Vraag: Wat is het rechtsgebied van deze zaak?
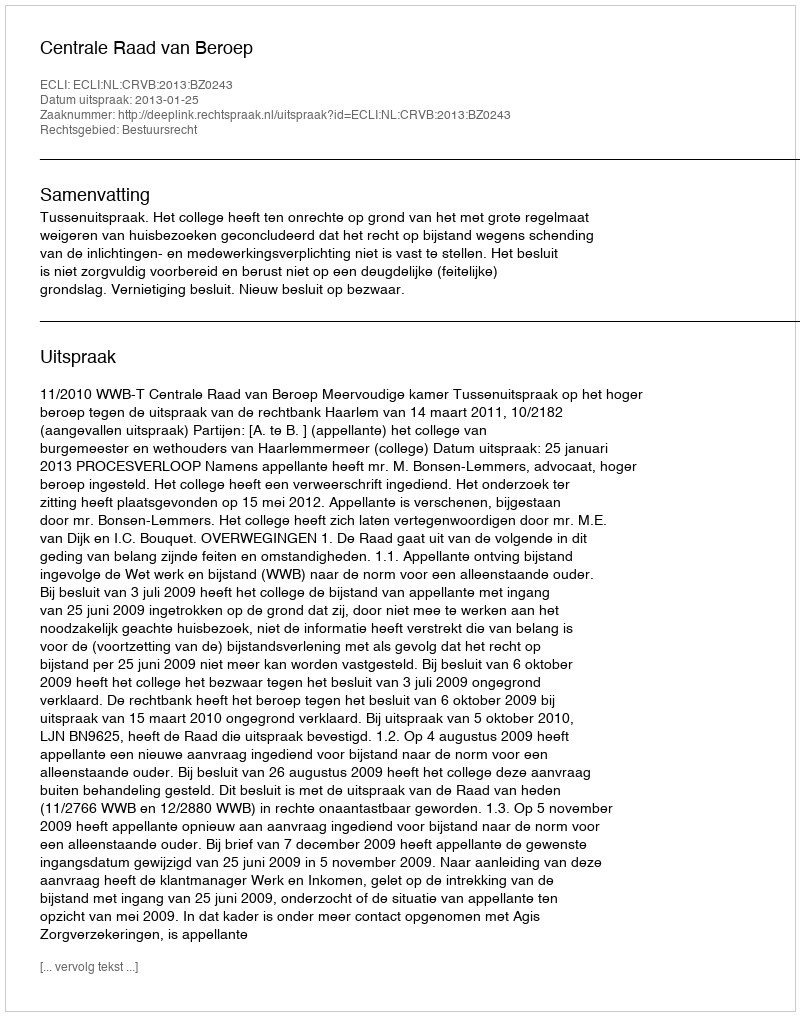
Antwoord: Bestuursrecht